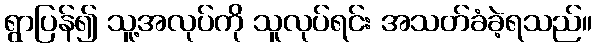
ရွာပြန်၍ သူ့အလုပ်ကို သူလုပ်ရင်း အသတ်ခံခဲ့ရသည်။